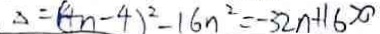
\Delta = ( 4 n - 4 ) ^ { 2 } - 1 6 n ^ { 2 } = - 3 2 n + 1 6 > 0